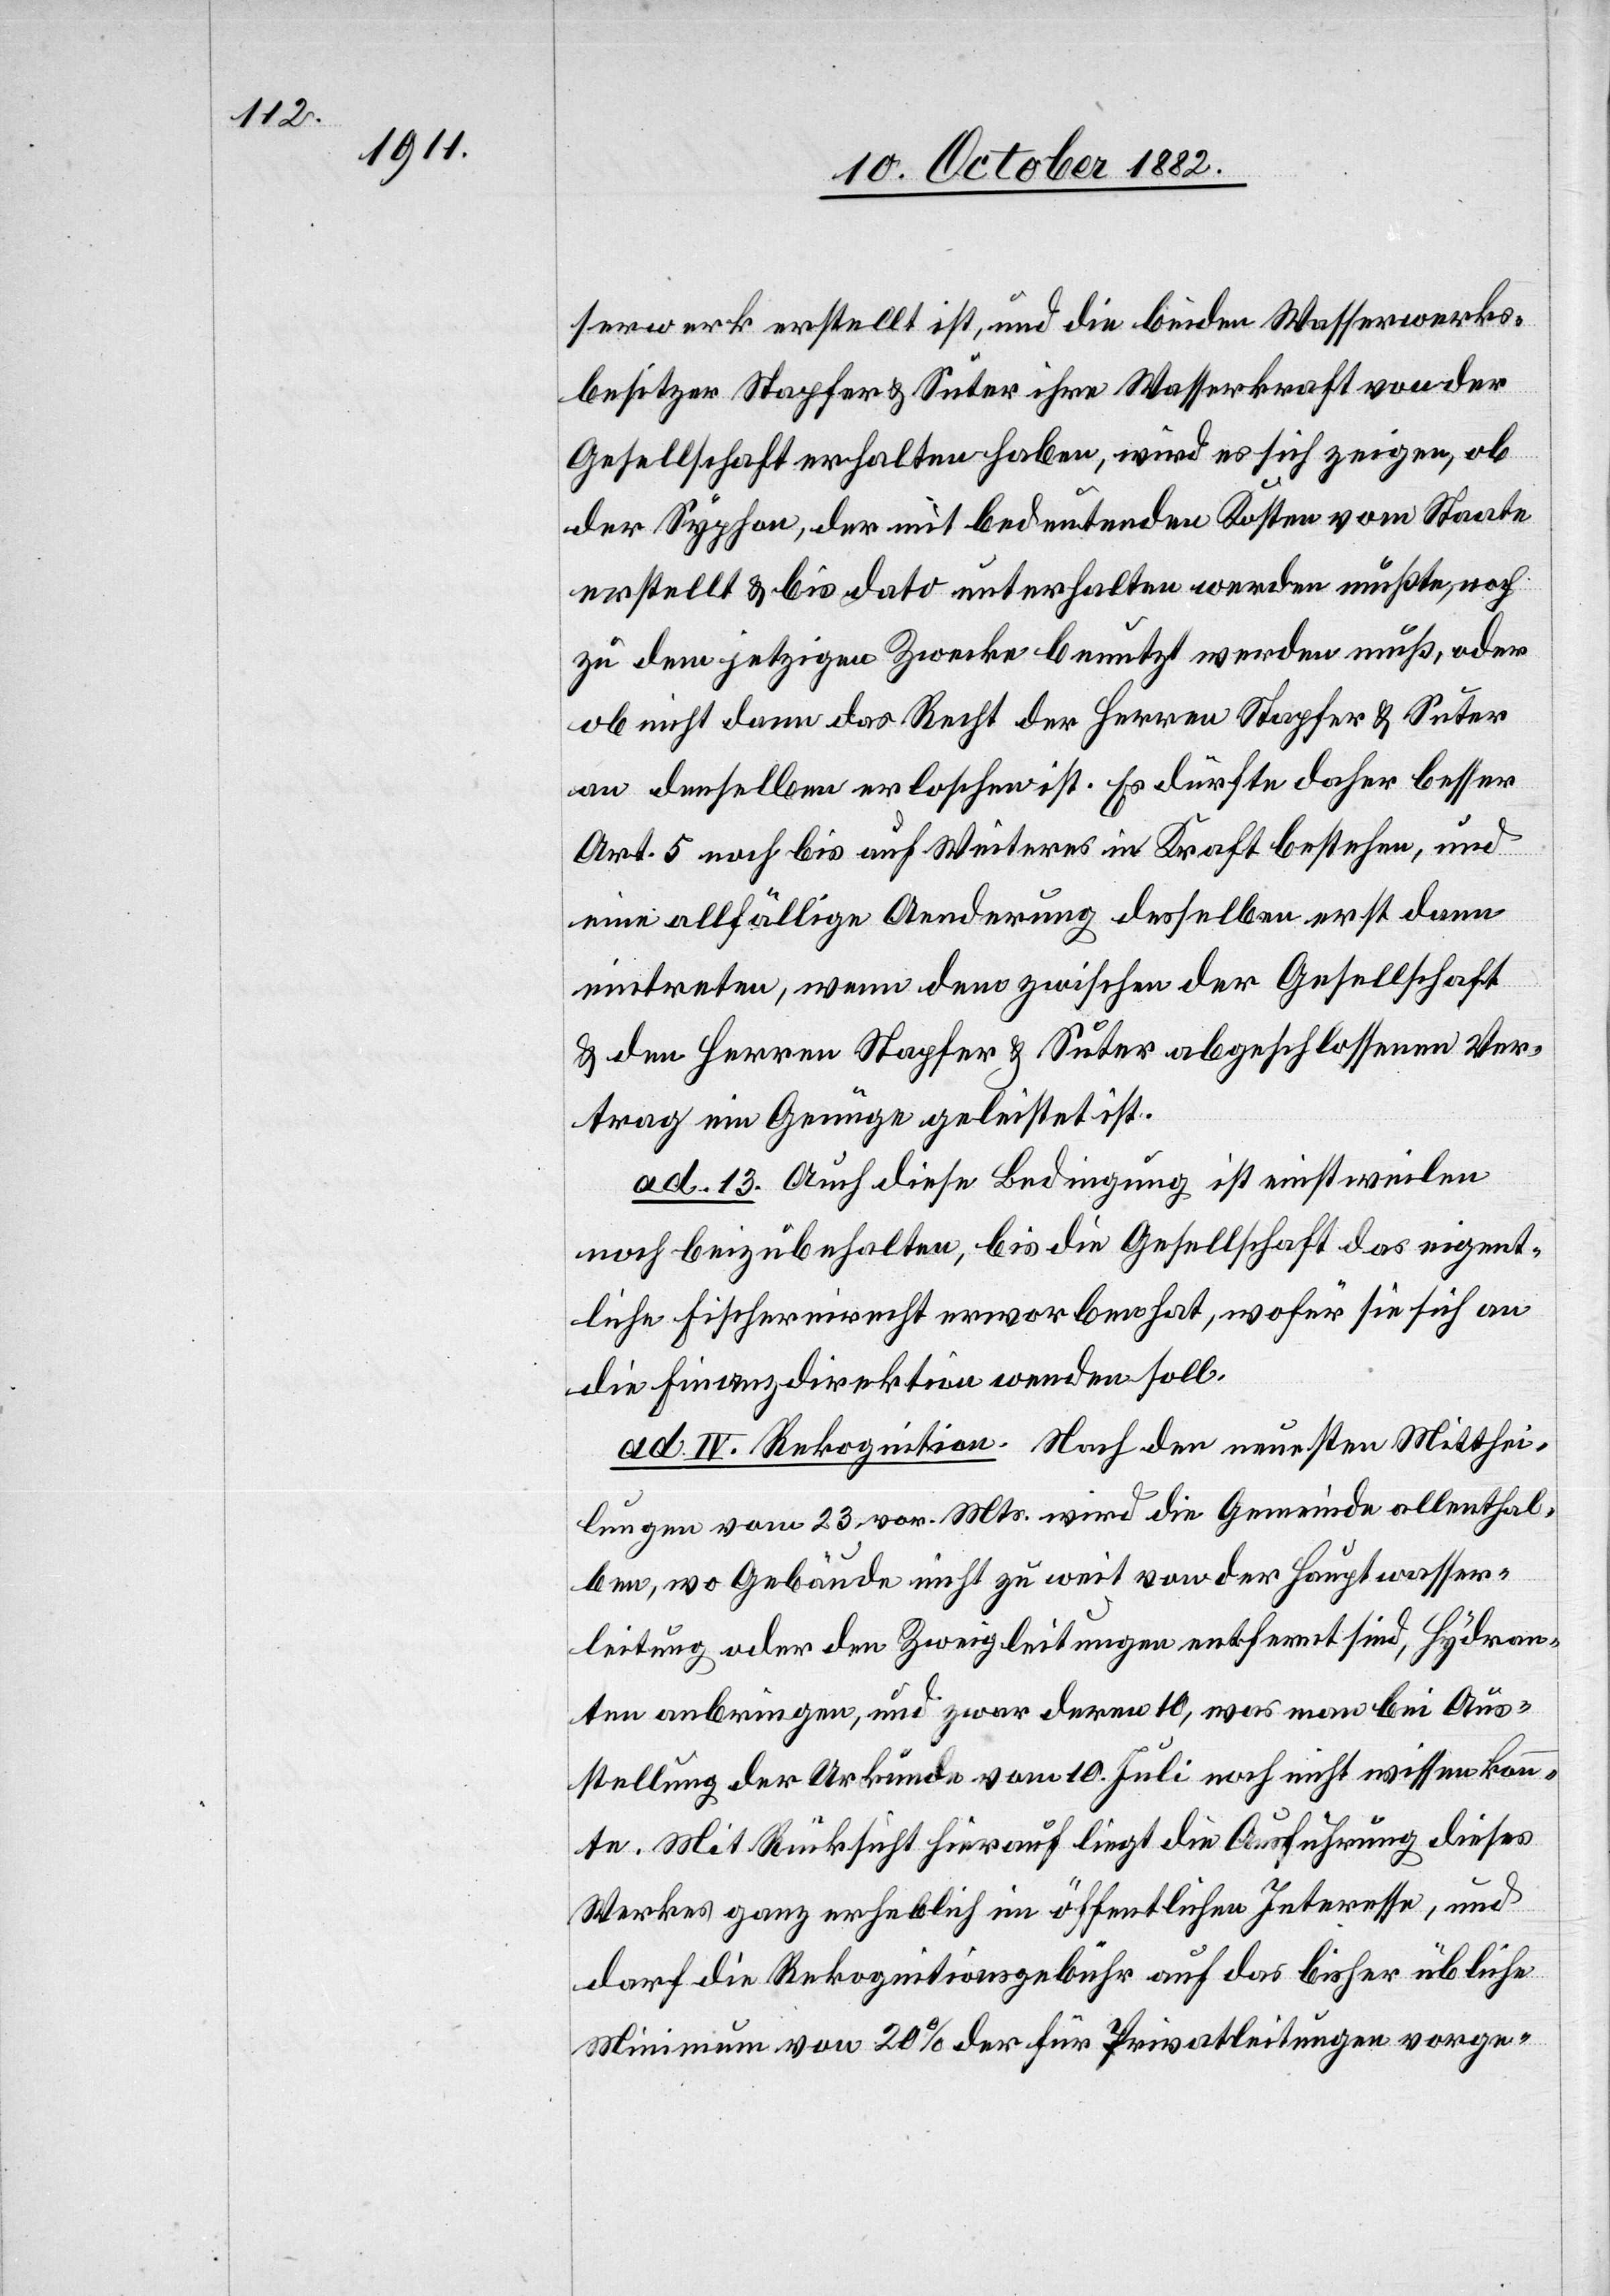
serwerk erstellt ist, und die beiden Wasserwerks¬
besitzer Stapfer & Suter ihre Wasserkraft von der
Gesellschaft erhalten haben, wird es sich zeigen, ob
der Syphon, der mit bedeutenden Kosten vom Staate
erstellt & bis dato unterhalten werden mußte, noch
zu dem jetzigen Zwecke benutzt werden muß, oder
ob nicht dann das Recht der Herren Stapfer & Suter
an denselben erloschen ist. Es dürfte daher besser
Art. 5 noch bis auf Weiteres in Kraft bestehen, und
eine allfällige Aenderung desselben erst dann
eintreten, wenn dem zwischen der Gesellschaft
& den Herren Stapfer & Suter abgeschlossenen Ver¬
trag ein Genüge geleistet ist.
ad. 13. Auch diese Bedingung ist einstweilen
noch beizubehalten, bis die Gesellschaft das eigent¬
liche Fischereirecht erworben hat, wofür sie sich an
die Finanzdirektion wenden soll.
ad. IV. Rekognition. Nach den neuesten Mitthei¬
lungen vom 23. vor. Mts. wird die Gemeinde allenthal¬
ben, wo Gebäude nicht zu weit von der Hauptwasser¬
leitung oder den Zweigleitungen entfernt sind, Hydran¬
ten anbringen, und zwar deren 10, was man bei Aus¬
stellung der Urkunde vom 10. Juli noch nicht wissen konn¬
te. Mit Rücksicht hierauf liegt die Ausführung dieses
Werkes ganz erheblich im öffentlichen Interesse, und
darf die Rekognitionsgebühr auf das bisher übliche
Minimum von 20% der für Privatleitungen vorge-